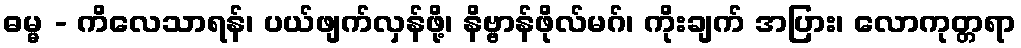
ဓမ္မ - ကိလေသာရန်၊ ပယ်ဖျက်လှန်ဖို့၊ နိဗ္ဗာန်ဖိုလ်မဂ်၊ ကိုးချက် အပြား၊ လောကုတ္တရာ